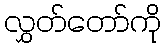
လွှတ်တော်ကို